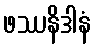
ဖဿနိဒါနံ